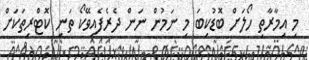
މި އިމާރާތި ހޯލަށް ބޮޑުކިބަ މި ނަމުން ނަން ދެރެފެއިވޭކޯ ތަނި ކޮޓްރިތަކަށް